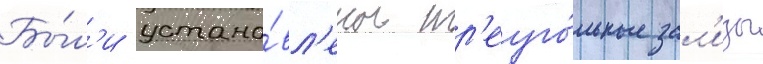
Бы́л'и устано́вл'ены тр'еуго́льные зал'изы